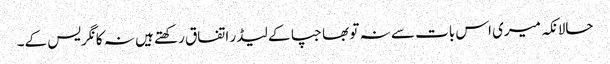
حالانکہ میری اس بات سے نہ تو بھاجپا کے لیڈر اتفاق رکھتے ہیں نہ کانگریس کے۔